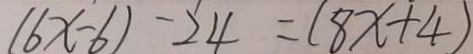
( 6 x - 6 ) - 2 4 = ( 8 x + 4 )